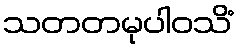
သတတမုပါဝသိံ